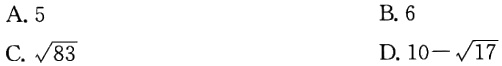
行动序列的第二种等价关系是人们熟悉的，它是由交换行动的顺序造成的。如果先采取\(a\)再采取\(b\)和先采取\(b\)再采取\(a\)结果一样，我们说两个行动\(a\)和\(b\) 是可换的。若\(3\)个行动\((a,b,c)\)彼此都可换,那么行动序列\(abc,acb,bac,bca, cba\)和\(cab\)全都等价。这就是说，从同一个节点出发，随便采取上面\(6\)个行动序列中任何一个，都得到同样的结果。例如，要解方程\(5x + 17 = 3x + 21\)，第一步我们可以从两边同时减去\(3x\)，第二步两边同时减去\(17\)，但第一步先减去\(17\)，第二步再减去\(3x\)也得到同样的结果。第三步是两边同除以\(2\)，就是这第三步也可以先做，它和前面两步也是可交换的。